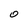
Character: O